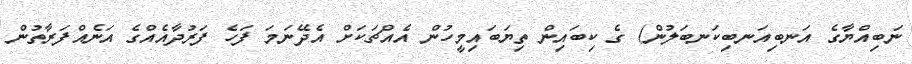
ނަބިއްޔާގެ އަނބިއަނބިކަނބަލުން) ގެ ކިބައިން ތިޔަބައިމީހުން އެއްޗަކަށް އެދޭނަމަ ފަހެ ފަރުދާއެއްގެ އަނެއްފަރާތުން